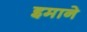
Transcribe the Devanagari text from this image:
इमाने